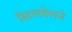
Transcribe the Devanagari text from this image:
स्टिलवेलने